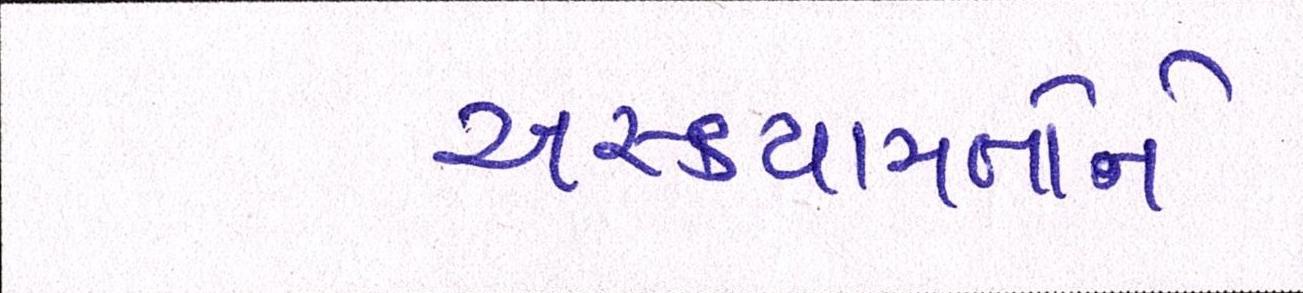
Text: અસ્કયામતોને